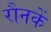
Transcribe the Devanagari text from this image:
रौनकें